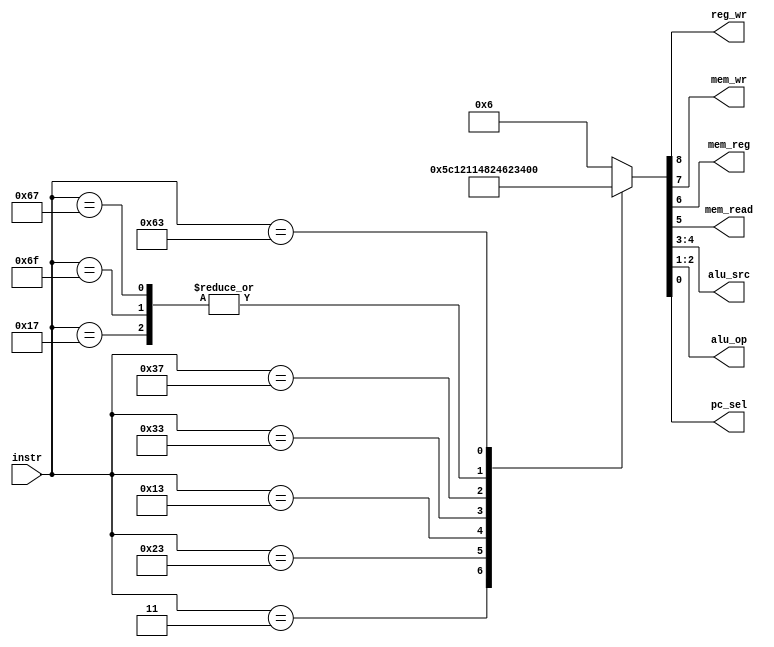
/*****************************************************************************   
                      
Filename        : control.v
Author          : Sai Gautham Ravipati (EE19B053)
Date            : 10th October 2021 
Description     : Main control unit of the ALU, generates various signals, 
                  based on the opcode of the instruction. 
                  
                  Inputs - 
                  - [6:0] instr. => Corresponds to the opcode idata[6:0] of 
                                    the instruction. 
                             
                  Outputs - 
                  - reg_wr => Written to register file when asserted.
                  - mem_wr => Written to memory when asserted. 
                  - mem_reg => Selects data from memory over alu_out when 
                               asserted.
                  - mem_read => Reads from memory when asserted. 
                  - alu_src => Two bit signal to select the operands of ALU. 
                  - alu_op => Used in generation of alu control signal, and 
                              acts as split between operations.
                  - pc_sel => Used specifically for AUIPC, JAL, JALR ops to
                              write PC to register. 
                              
                  If any of the cases don't match all are signals other than
                  alu_op are set to zero, while alu_op is set to one  which is
                  the default case in alu_control module. 
                    
*****************************************************************************/

module control( 
    input [6:0] instr, 
    output reg reg_wr, 
    output reg mem_wr, 
    output reg mem_reg, 
    output reg mem_read, 
    output reg [1:0] alu_src, 
    output reg [1:0] alu_op,
    output reg pc_sel 
);

    always @(*) begin 
        case(instr)
            7'b0000011: {reg_wr, mem_wr, mem_reg, mem_read, alu_src, alu_op, pc_sel} =  9'b101110000;    // Load
            7'b0100011: {reg_wr, mem_wr, mem_reg, mem_read, alu_src, alu_op, pc_sel} =  9'b010010000;    // Store
            7'b0010111: {reg_wr, mem_wr, mem_reg, mem_read, alu_src, alu_op, pc_sel} =  9'b100011001;    // AUIPC
            7'b0010011: {reg_wr, mem_wr, mem_reg, mem_read, alu_src, alu_op, pc_sel} =  9'b100010100;    // ALUI
            7'b0110011: {reg_wr, mem_wr, mem_reg, mem_read, alu_src, alu_op, pc_sel} =  9'b100000100;    // ALU
            7'b0110111: {reg_wr, mem_wr, mem_reg, mem_read, alu_src, alu_op, pc_sel} =  9'b100011000;    // LUI
            7'b1101111: {reg_wr, mem_wr, mem_reg, mem_read, alu_src, alu_op, pc_sel} =  9'b100011001;    // JAL
            7'b1100111: {reg_wr, mem_wr, mem_reg, mem_read, alu_src, alu_op, pc_sel} =  9'b100011001;    // JALR
            7'b1100011: {reg_wr, mem_wr, mem_reg, mem_read, alu_src, alu_op, pc_sel} =  9'b000000010;    // Branch (Cond.)
            default:    {reg_wr, mem_wr, mem_reg, mem_read, alu_src, alu_op, pc_sel} =  9'b000000110;    // Default sets only alu_op to 2'b11
        endcase 
    end 
    
endmodule